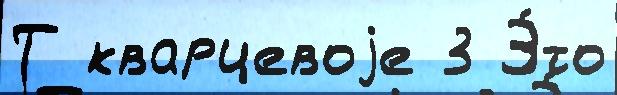
Т кварцевоjе 3 Э́то